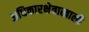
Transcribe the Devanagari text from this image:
अधिकारक्षेत्राखाली